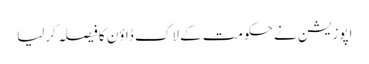
اپوزیشن نے حکومت کے لاک ڈاؤن کا فیصلہ کرلیا